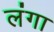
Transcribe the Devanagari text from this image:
लंगा